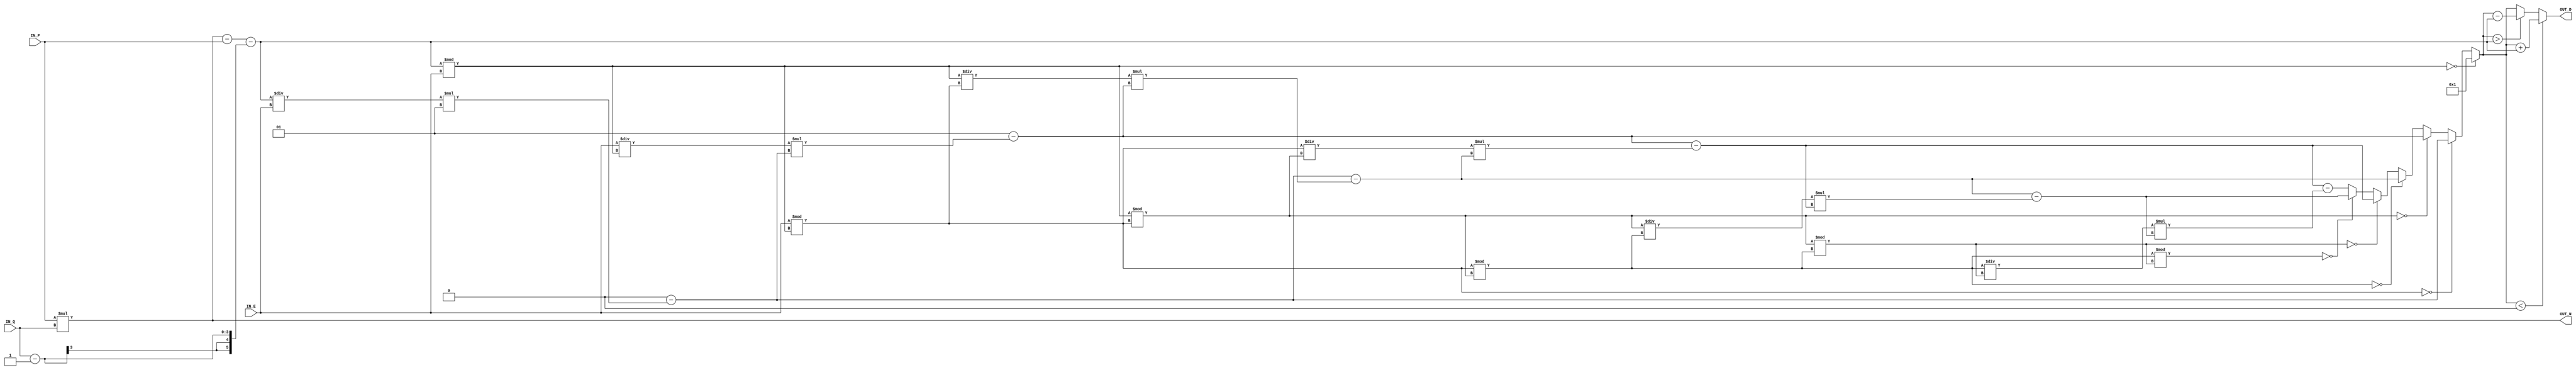
//############################################################################
//++++++++++++++++++++++++++++++++++++++++++++++++++++++++++++++++++++++++++++
//   Module Name : RSA_IP
//++++++++++++++++++++++++++++++++++++++++++++++++++++++++++++++++++++++++++++
//############################################################################

module RSA_IP #(parameter WIDTH = 3) (
    // Input signals
    IN_P, IN_Q, IN_E,
    // Output signals
    OUT_N, OUT_D
);

// ===============================================================
// Declaration
// ===============================================================
input  [WIDTH-1:0]   IN_P, IN_Q;
input  [WIDTH*2-1:0] IN_E;
output [WIDTH*2-1:0] OUT_N, OUT_D;

// ===============================================================
// Soft IP DESIGN
// ===============================================================
reg [WIDTH*2-1:0] N;
reg [WIDTH*2-1:0] Euler;
reg signed [WIDTH*2-1:0] r[0:8];
reg signed [WIDTH*2-1:0] t[0:8];

reg signed [WIDTH*2-1:0] q[0:7];
reg signed [WIDTH*2-1:0] ans;


/*assign N = IN_P*IN_Q;
assign Euler = (IN_P-1)*(IN_Q-1);
assign r[0] = Euler;
assign r[1] = IN_E;
assign t[0] = 0;
assign t[1] = 1;
assign s[0] = 1;
assign s[1] = 0;*/


always@(*)begin
N = IN_P*IN_Q;
Euler = (N-IN_P)-(IN_Q-1);
//Euler = (IN_P-1)*(IN_Q-1);
r[0] = Euler;
r[1] = IN_E;
t[0] = 0;
t[1] = 1;
//s[0] = 1;
//s[1] = 0;

end


genvar i;
generate

	for(i=2;i<9;i=i+1)begin
		always@(*) begin

				q[i-2] = r[i-2]/r[i-1];
				r[i]   = r[i-2]%r[i-1];

				t[i]   = t[i-2]-q[i-2]*t[i-1];
		
		end

	end

endgenerate


always@(*)begin

	if(r[2]==0) ans = t[1];
	else if(r[3]==0) ans = t[2];
	else if(r[4]==0) ans = t[3];
	else if(r[5]==0) ans = t[4];
	else if(r[6]==0) ans = t[5];
	else if(r[7]==0) ans = t[6];
	else  ans = t[7];
	
	

end



//assign OUT_D = (ans<0)? ans+Euler:ans;
assign OUT_D = (ans<0)? ans+Euler:(ans>Euler)? ans-Euler:ans;
assign OUT_N = N;


endmodule